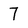
Character: 7